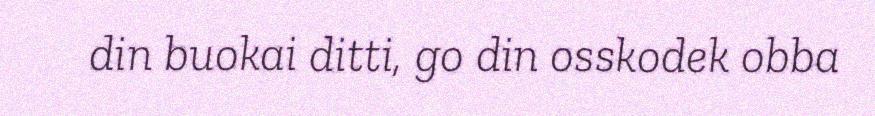
din buokai ditti, go din osskodek obba